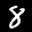
Label: 8